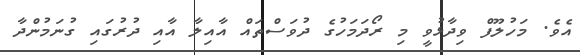
އެވެ. މަހުލޫފް ވިދާޅުވީ މި ރޯދަމަހުގެ ދުވަަސްތައް އާއިލާ އާއި ދުރުގައި ގުނަމުންދާ